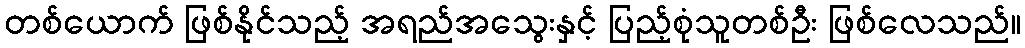
တစ်ယောက် ဖြစ်နိုင်သည့် အရည်အသွေးနှင့် ပြည့်စုံသူတစ်ဦး ဖြစ်လေသည်။